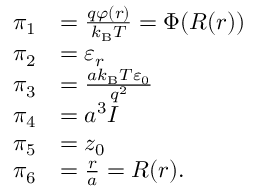
{ \begin{array} { r l } { \pi _ { 1 } } & { = { \frac { q \varphi ( r ) } { k _ { \mathrm { B } } T } } = \Phi ( R ( r ) ) } \\ { \pi _ { 2 } } & { = \varepsilon _ { r } } \\ { \pi _ { 3 } } & { = { \frac { a k _ { \mathrm { B } } T \varepsilon _ { 0 } } { q ^ { 2 } } } } \\ { \pi _ { 4 } } & { = a ^ { 3 } I } \\ { \pi _ { 5 } } & { = z _ { 0 } } \\ { \pi _ { 6 } } & { = { \frac { r } { a } } = R ( r ) . } \end{array} }